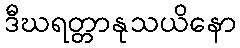
ဒီဃရတ္တာနုသယိနော